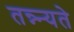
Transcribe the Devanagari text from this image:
तन्न्न्यते